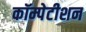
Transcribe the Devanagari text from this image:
कॉम्पेटीशन